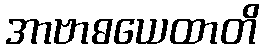
အာဗာဓယေထာတိ